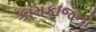
કામકાજનો